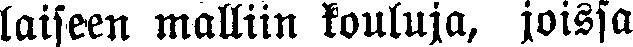
laiseen malliin kouluja, joissa